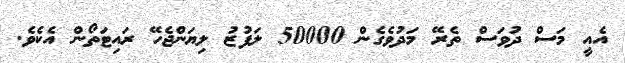
އެއީ މަސް ދުވަސް ތެރޭ މަދުވެގެން 50000 ލަފުޒު ލިޔަންޖެހޭ ރައިޓަތޯން އެކެވެ.